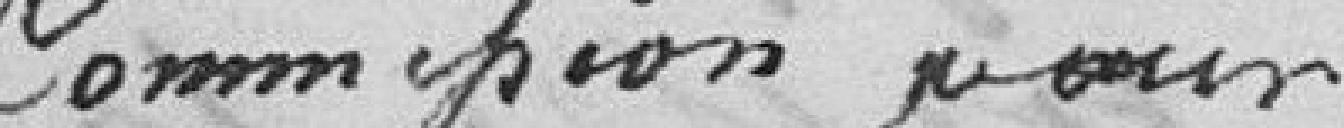
Commission pour